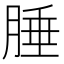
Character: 腄